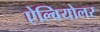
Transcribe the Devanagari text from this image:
ऐल्वियोलर